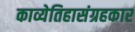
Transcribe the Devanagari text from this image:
काव्येतिहासंग्रहकार